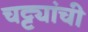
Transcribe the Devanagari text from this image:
चट्ट्यांची